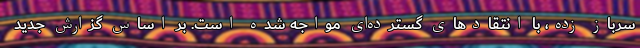
سرباز زده، با انتقادهای گسترده‌ای مواجه شده است. بر اساس گزارش جدید